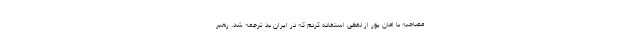
مصاحبه با امان پور از لفظی استفاده کردم که در ایران بد ترجمه شد. رهبر